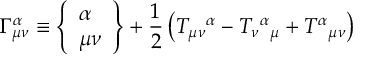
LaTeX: \Gamma _ { \mu \nu } ^ { \alpha } \equiv \left\{ \begin{array} { l } { { \alpha } } \\ { { \mu \nu } } \end{array} \right\} + { \frac { 1 } { 2 } } \left( T _ { \mu \nu } { } ^ { \alpha } - T _ { \nu } { } ^ { \alpha } { } _ { \mu } + T ^ { \alpha } { } _ { \mu \nu } \right)